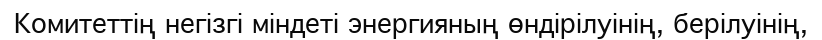
Комитеттің негізгі міндеті энергияның өндірілуінің, берілуінің,